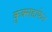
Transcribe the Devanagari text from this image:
कुक्सहाफेन